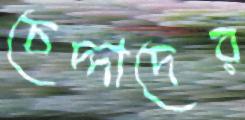
চেদ্দাদের